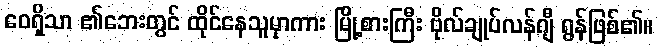
ဝေရှိသာ ၏ဘေးတွင် ထိုင်နေသူမှာကား မြို့စားကြီး ဗိုလ်ချုပ်လန်ဂျီ ရွန်ဖြစ်၏။